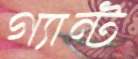
গ্যান্ট